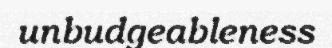
unbudgeableness